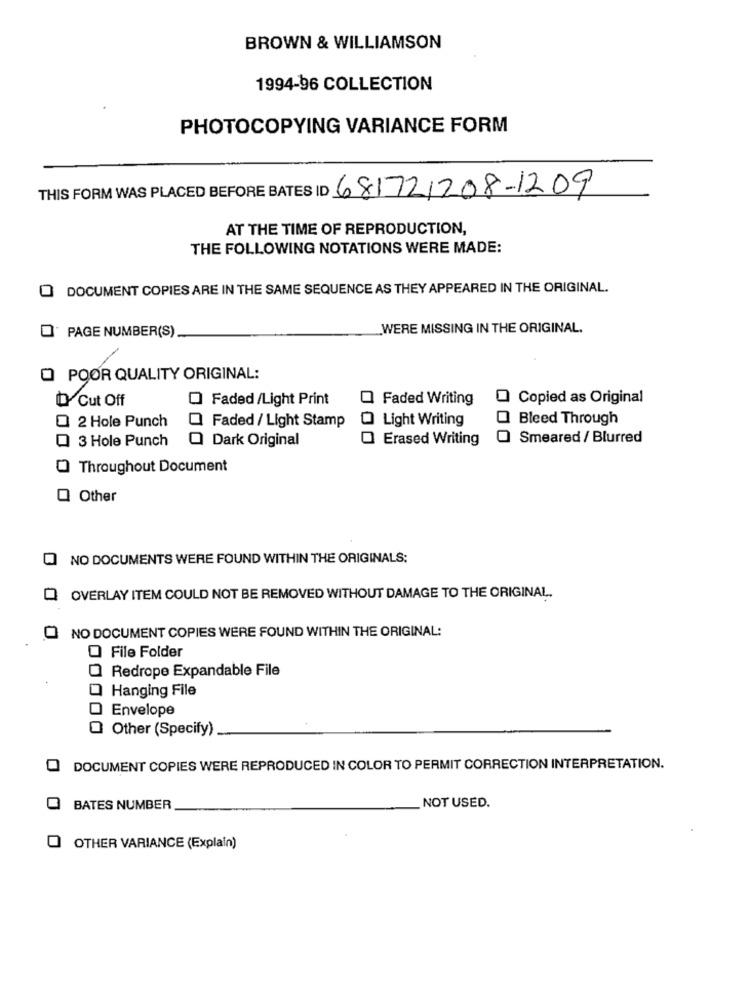
BROWN & WILLIAMSON
1994-96 COLLECTION
PHOTOCOPYING VARIANCE FORM
THIS FORM WAS PLACED BEFORE BATES ID 681721208-1209
AT THE TIME OF REPRODUCTION,
THE FOLLOWING NOTATIONS WERE MADE:
DOCUMENT COPIES ARE IN THE SAME SEQUENCE AS THEY APPEARED IN THE ORIGINAL.
PAGE NUMBER(S)
WERE MISSING IN THE ORIGINAL.
O POOR QUALITY ORIGINAL:
D Cut Off
Faded /Light Print
Faded Writing
0
Copied as Original
2 Hole Punch
O Faded / Light Stamp
Light Writing
Bleed Through
3 Hole Punch
Dark Original
Erased Writing
Smeared / Blurred
Throughout Document
Other
NO DOCUMENTS WERE FOUND WITHIN THE ORIGINALS:
OVERLAY ITEM COULD NOT BE REMOVED WITHOUT DAMAGE TO THE ORIGINAL.
NO DOCUMENT COPIES WERE FOUND WITHIN THE ORIGINAL:
0 File Folder
Redrope Expandable File
Hanging File
Envelope
0
Other (Specify)
DOCUMENT COPIES WERE REPRODUCED IN COLOR TO PERMIT CORRECTION INTERPRETATION.
BATES NUMBER
NOT USED.
OTHER VARIANCE (Explain)